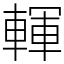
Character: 䡣